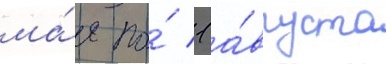
ма́я по́ 1 а́вгуста